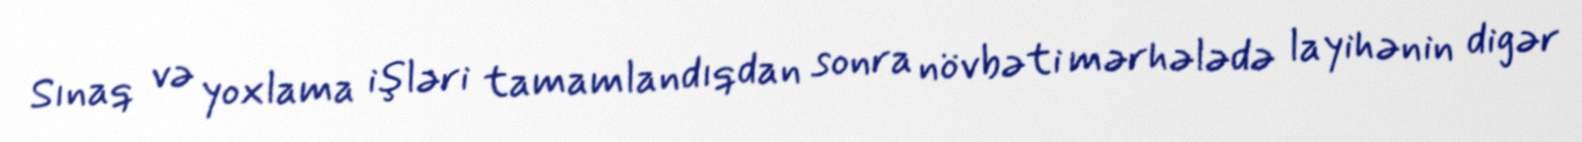
Sınaq və yoxlama işləri tamamlandıqdan sonra növbəti mərhələdə layihənin digər